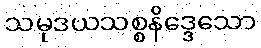
သမုဒယသစ္စနိဒ္ဒေသော